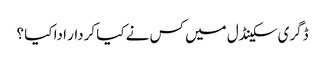
ڈگری سکینڈل میں کس نے کیا کردار ادا کیا ؟